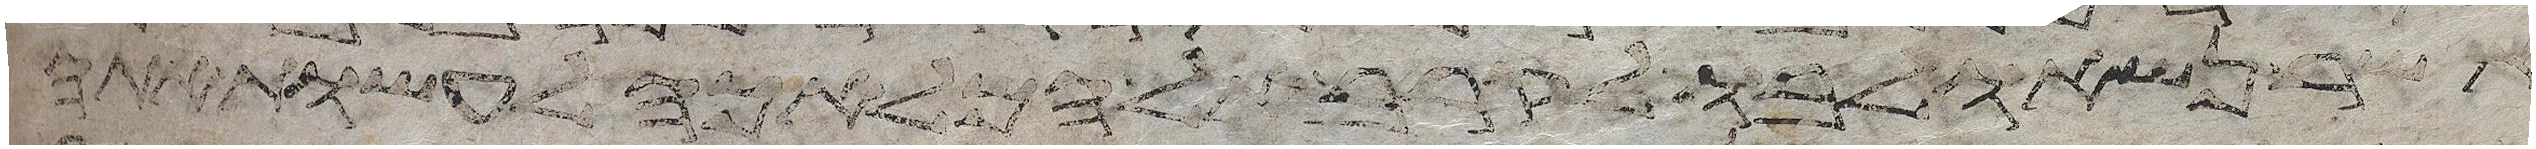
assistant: אשר נשאו לבו לקרב אל המלאכה לעשות אתה